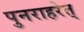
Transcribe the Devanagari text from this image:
पुनराहरेत्